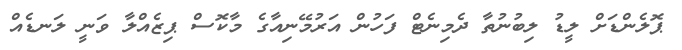
ޕޮލެންޑަށް ލީޑު ލިބުނުތާ ދެމިނެޓް ފަހުން އަރުމޭނިއާގެ މާކޮސް ޕިޒެއްލާ ވަނީ ލަނޑެއް